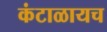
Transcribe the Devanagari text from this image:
कंटाळायच